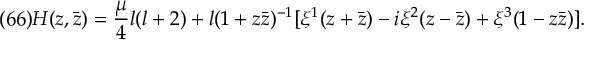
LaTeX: ( 6 6 ) H ( z , \bar { z } ) = \frac { \mu } { 4 } l ( l + 2 ) + l ( 1 + z \bar { z } ) ^ { - 1 } [ \xi ^ { 1 } ( z + \bar { z } ) - i \xi ^ { 2 } ( z - \bar { z } ) + \xi ^ { 3 } ( 1 - z \bar { z } ) ] .